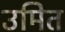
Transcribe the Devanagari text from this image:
उमित